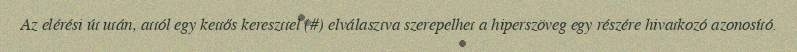
Az elérési út után, attól egy kettős kereszttel (#) elválasztva szerepelhet a hiperszöveg egy részére hivatkozó azonosító.